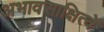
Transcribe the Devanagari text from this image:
अभावसाक्षित्वें